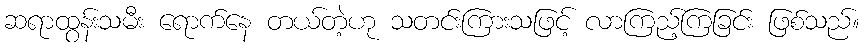
ဆရာထွန်းသမီး ရောက်နေ တယ်တဲ့ဟု သတင်းကြားသဖြင့် လာကြည့်ကြခြင်း ဖြစ်သည်။